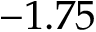
- 1 . 7 5